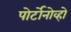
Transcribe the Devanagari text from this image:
पोर्टोनोव्हो